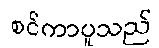
စင်ကာပူသည်